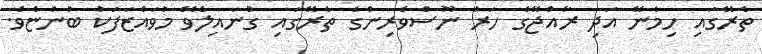
ތެރޭގައި ހިމެނޭ އަދި ރާއްޖޭގެ ހަރު ނޫސްވެރިންގެ ތެރޭގައި ގުނައިލެވޭ މުވައްޒަފަކު ބުންޏެވެ.